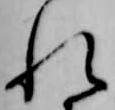
れ